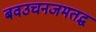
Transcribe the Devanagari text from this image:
बवउचनजमतद्ध